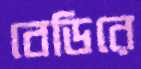
বেডিরে